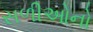
સળીઓનો